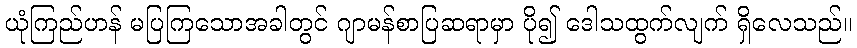
ယုံကြည်ဟန် မပြကြသောအခါတွင် ဂျာမန်စာပြဆရာမှာ ပို၍ ဒေါသထွက်လျက် ရှိလေသည်။